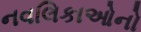
નવલિકાઓનો